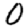
Digit: 0